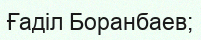
Ғаділ Боранбаев;